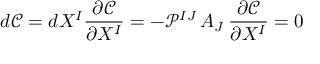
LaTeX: d \mathcal { C } = d X ^ { I } \frac { \partial \mathcal { C } } { \partial X ^ { I } } = - \mathcal { P } ^ { I J } \, A _ { J } \, \frac { \partial \mathcal { C } } { \partial X ^ { I } } = 0